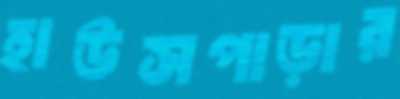
হাউসপাড়ার